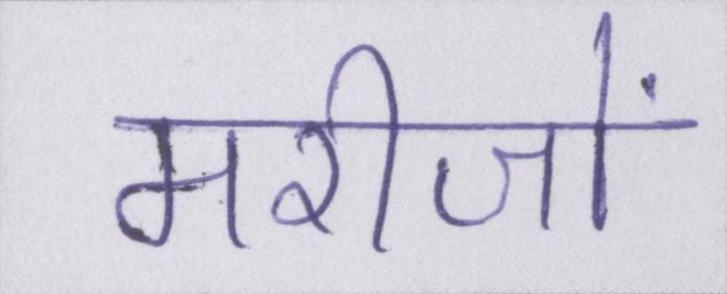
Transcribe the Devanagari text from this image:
मरीजों